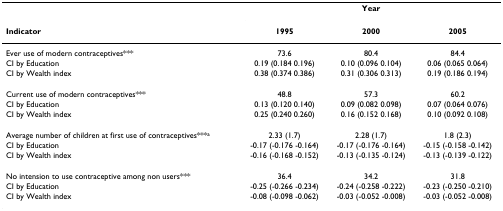
<table><thead><tr><td>[EMPTY_CELL]</td><td colspan="3"><b>Year</b></td></tr><tr><td><b>Indicator</b></td><td><b>1995</b></td><td><b>2000</b></td><td><b>2005</b></td></tr></thead><tbody><tr><td>Ever use of modern contraceptives***</td><td>73.6</td><td>80.4</td><td>84.4</td></tr><tr><td>CI by Education</td><td>0.19 (0.184 0.196)</td><td>0.10 (0.096 0.104)</td><td>0.06 (0.065 0.064)</td></tr><tr><td>CI by Wealth index</td><td>0.38 (0.374 0.386)</td><td>0.31 (0.306 0.313)</td><td>0.19 (0.186 0.194)</td></tr><tr><td>Current use of modern contraceptives***</td><td>48.8</td><td>57.3</td><td>60.2</td></tr><tr><td>CI by Education</td><td>0.13 (0.120 0.140)</td><td>0.09 (0.082 0.098)</td><td>0.07 (0.064 0.076)</td></tr><tr><td>CI by Wealth index</td><td>0.25 (0.240 0.260)</td><td>0.16 (0.152 0.168)</td><td>0.10 (0.092 0.108)</td></tr><tr><td>Average number of children at first use of contraceptives***<sup>a</sup></td><td>2.33 (1.7)</td><td>2.28 (1.7)</td><td>1.8 (2.3)</td></tr><tr><td>CI by Education</td><td>-0.17 (-0.176 -0.164)</td><td>-0.17 (-0.176 -0.164)</td><td>-0.15 (-0.158 -0.142)</td></tr><tr><td>CI by Wealth index</td><td>-0.16 (-0.168 -0.152)</td><td>-0.13 (-0.135 -0.124)</td><td>-0.13 (-0.139 -0.122)</td></tr><tr><td>No intension to use contraceptive among non users***</td><td>36.4</td><td>34.2</td><td>31.8</td></tr><tr><td>CI by Education</td><td>-0.25 (-0.266 -0.234)</td><td>-0.24 (-0.258 -0.222)</td><td>-0.23 (-0.250 -0.210)</td></tr><tr><td>CI by Wealth index</td><td>-0.08 (-0.098 -0.062)</td><td>-0.03 (-0.052 -0.008)</td><td>-0.03 (-0.052 -0.008)</td></tr></tbody></table>